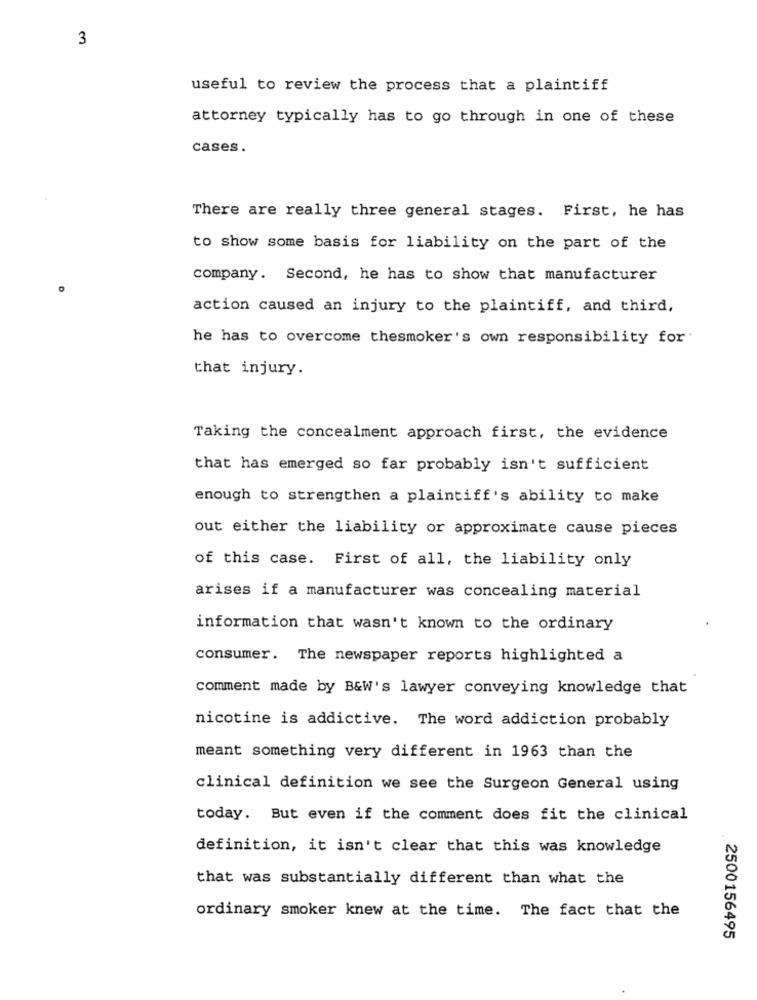
3
useful to review the process that a plaintiff
attorney typically has to go through in one of these
cases.
There are really three general stages. First, he has
to show some basis for liability on the part of the
company. Second, he has to show that manufacturer
action caused an injury to the plaintiff, and third,
he has to overcome thesmoker's own responsibility for.
that injury.
Taking the concealment approach first, the evidence
that has emerged so far probably isn't sufficient
enough to strengthen a plaintiff's ability to make
out either the liability or approximate cause pieces
of this case. First of all, the liability only
arises if a manufacturer was concealing material
information that wasn't known to the ordinary
consumer. The newspaper reports highlighted a
comment made by B&W's lawyer conveying knowledge that
nicotine is addictive. The word addiction probably
meant something very different in 1963 than the
clinical definition we see the Surgeon General using
today. But even if the comment does fit the clinical
definition, it isn't clear that this was knowledge
that was substantially different than what the
ordinary smoker knew at the time. The fact that the
2500156495